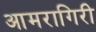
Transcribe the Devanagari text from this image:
आमरागिरी